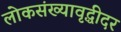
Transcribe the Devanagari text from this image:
लोकसंख्यावृद्धीदर